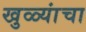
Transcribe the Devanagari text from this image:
खुळ्यांचा